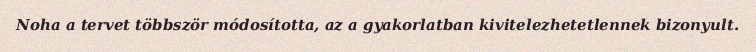
Noha a tervet többször módosította, az a gyakorlatban kivitelezhetetlennek bizonyult.